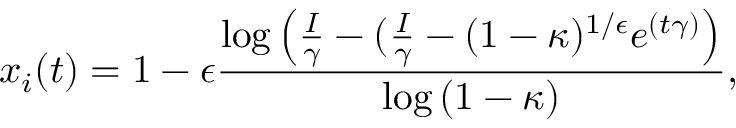
x _ { i } ( t ) = 1 - \epsilon \frac { \log { \left( \frac { I } { \gamma } - ( \frac { I } { \gamma } - ( 1 - \kappa ) ^ { 1 / \epsilon } e ^ { ( t \gamma ) } \right) } } { \log { ( 1 - \kappa ) } } ,